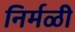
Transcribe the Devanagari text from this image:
निर्मळी